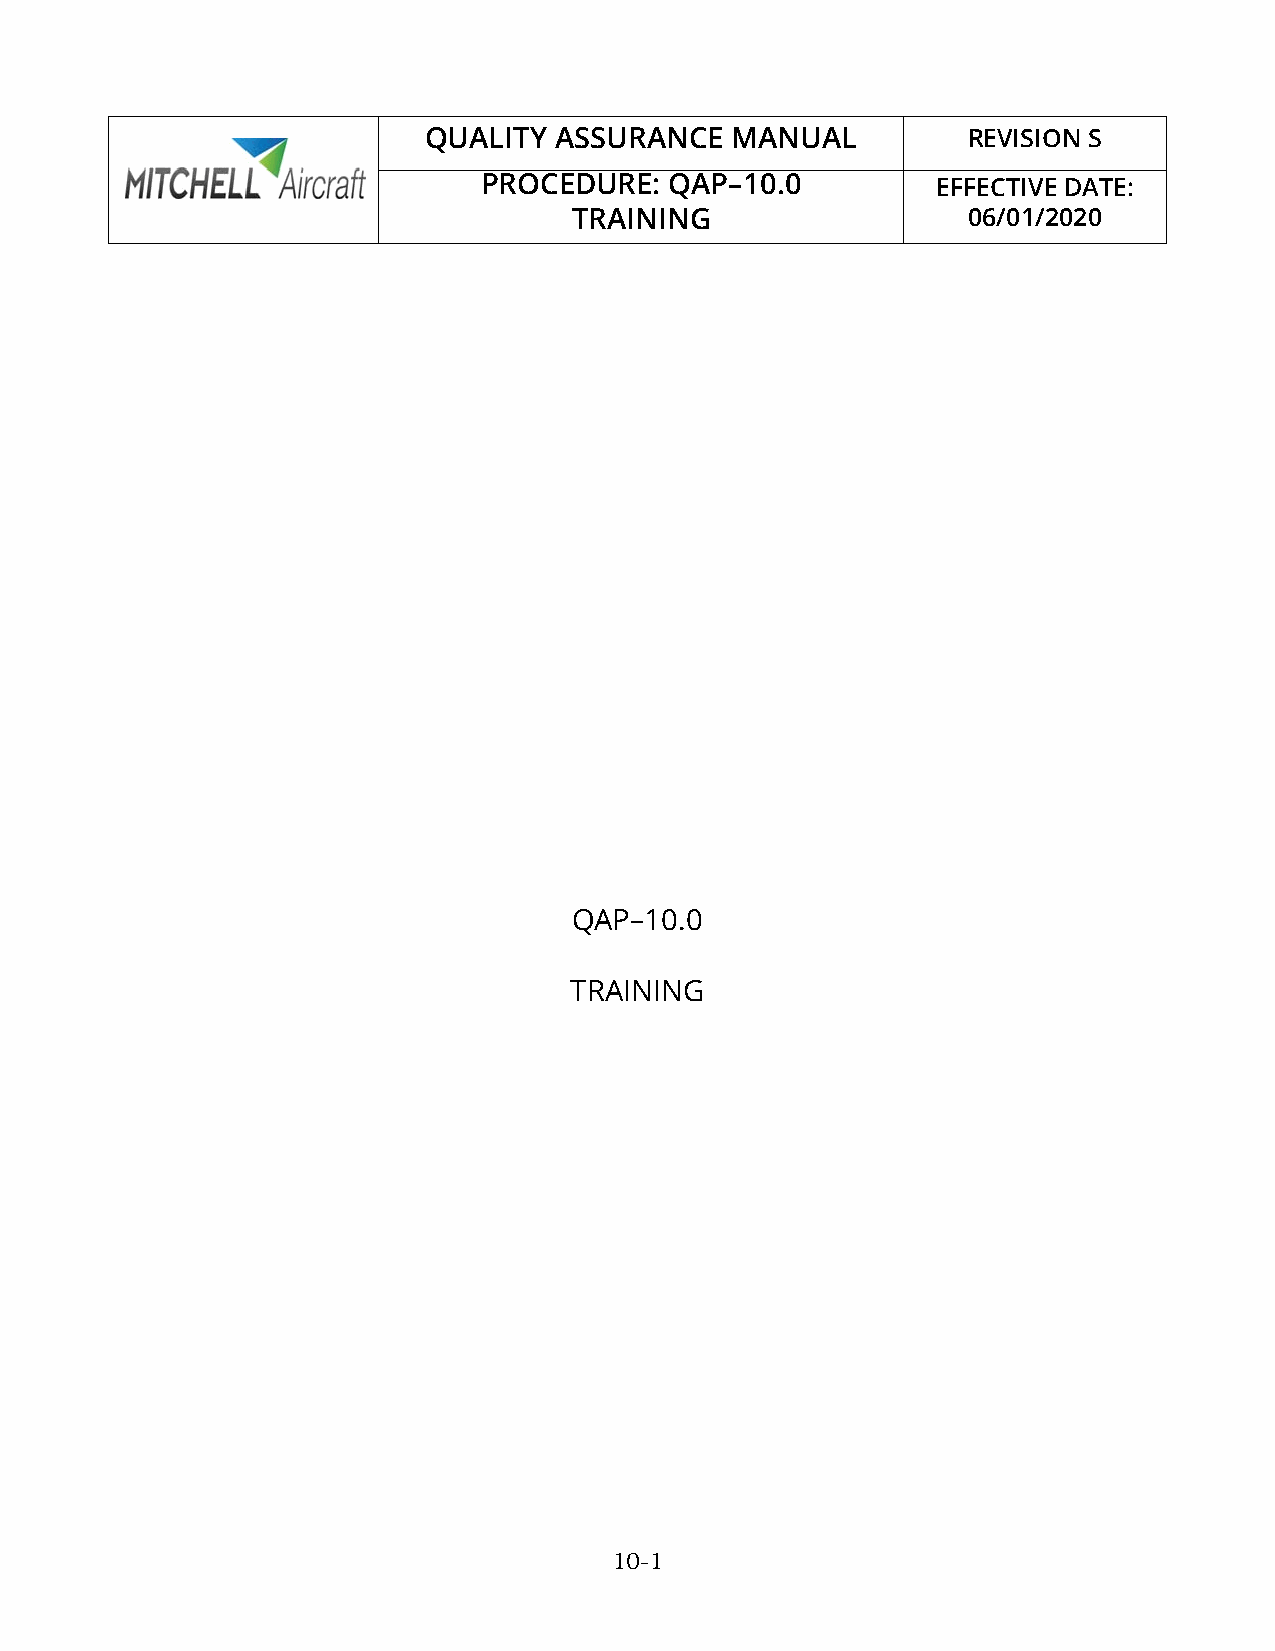
QUALITY  ASSURANCE  MANUAL          REVISION S
 PROCEDURE:  QAP–10.0          EFFECTIVE DATE:
 TRAINING                  06/01/2020
 QAP–10.0
 TRAINING
 10-1